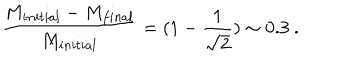
LaTeX: { \frac { M _ { i n i t i a l } - M _ { f i n a l } } { M _ { i n i t i a l } } } = ( 1 - { \frac { 1 } { \sqrt { 2 } } } ) \sim 0 . 3 \ .